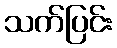
သက်ပြင်း